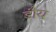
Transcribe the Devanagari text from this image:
डौय